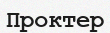
Проктер